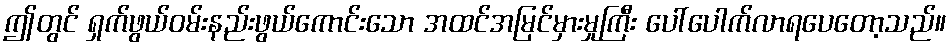
ဤတွင် ရှက်ဖွယ်ဝမ်းနည်းဖွယ်ကောင်းသော အထင်အမြင်မှားမှုကြီး ပေါ်ပေါက်လာရပေတော့သည်။